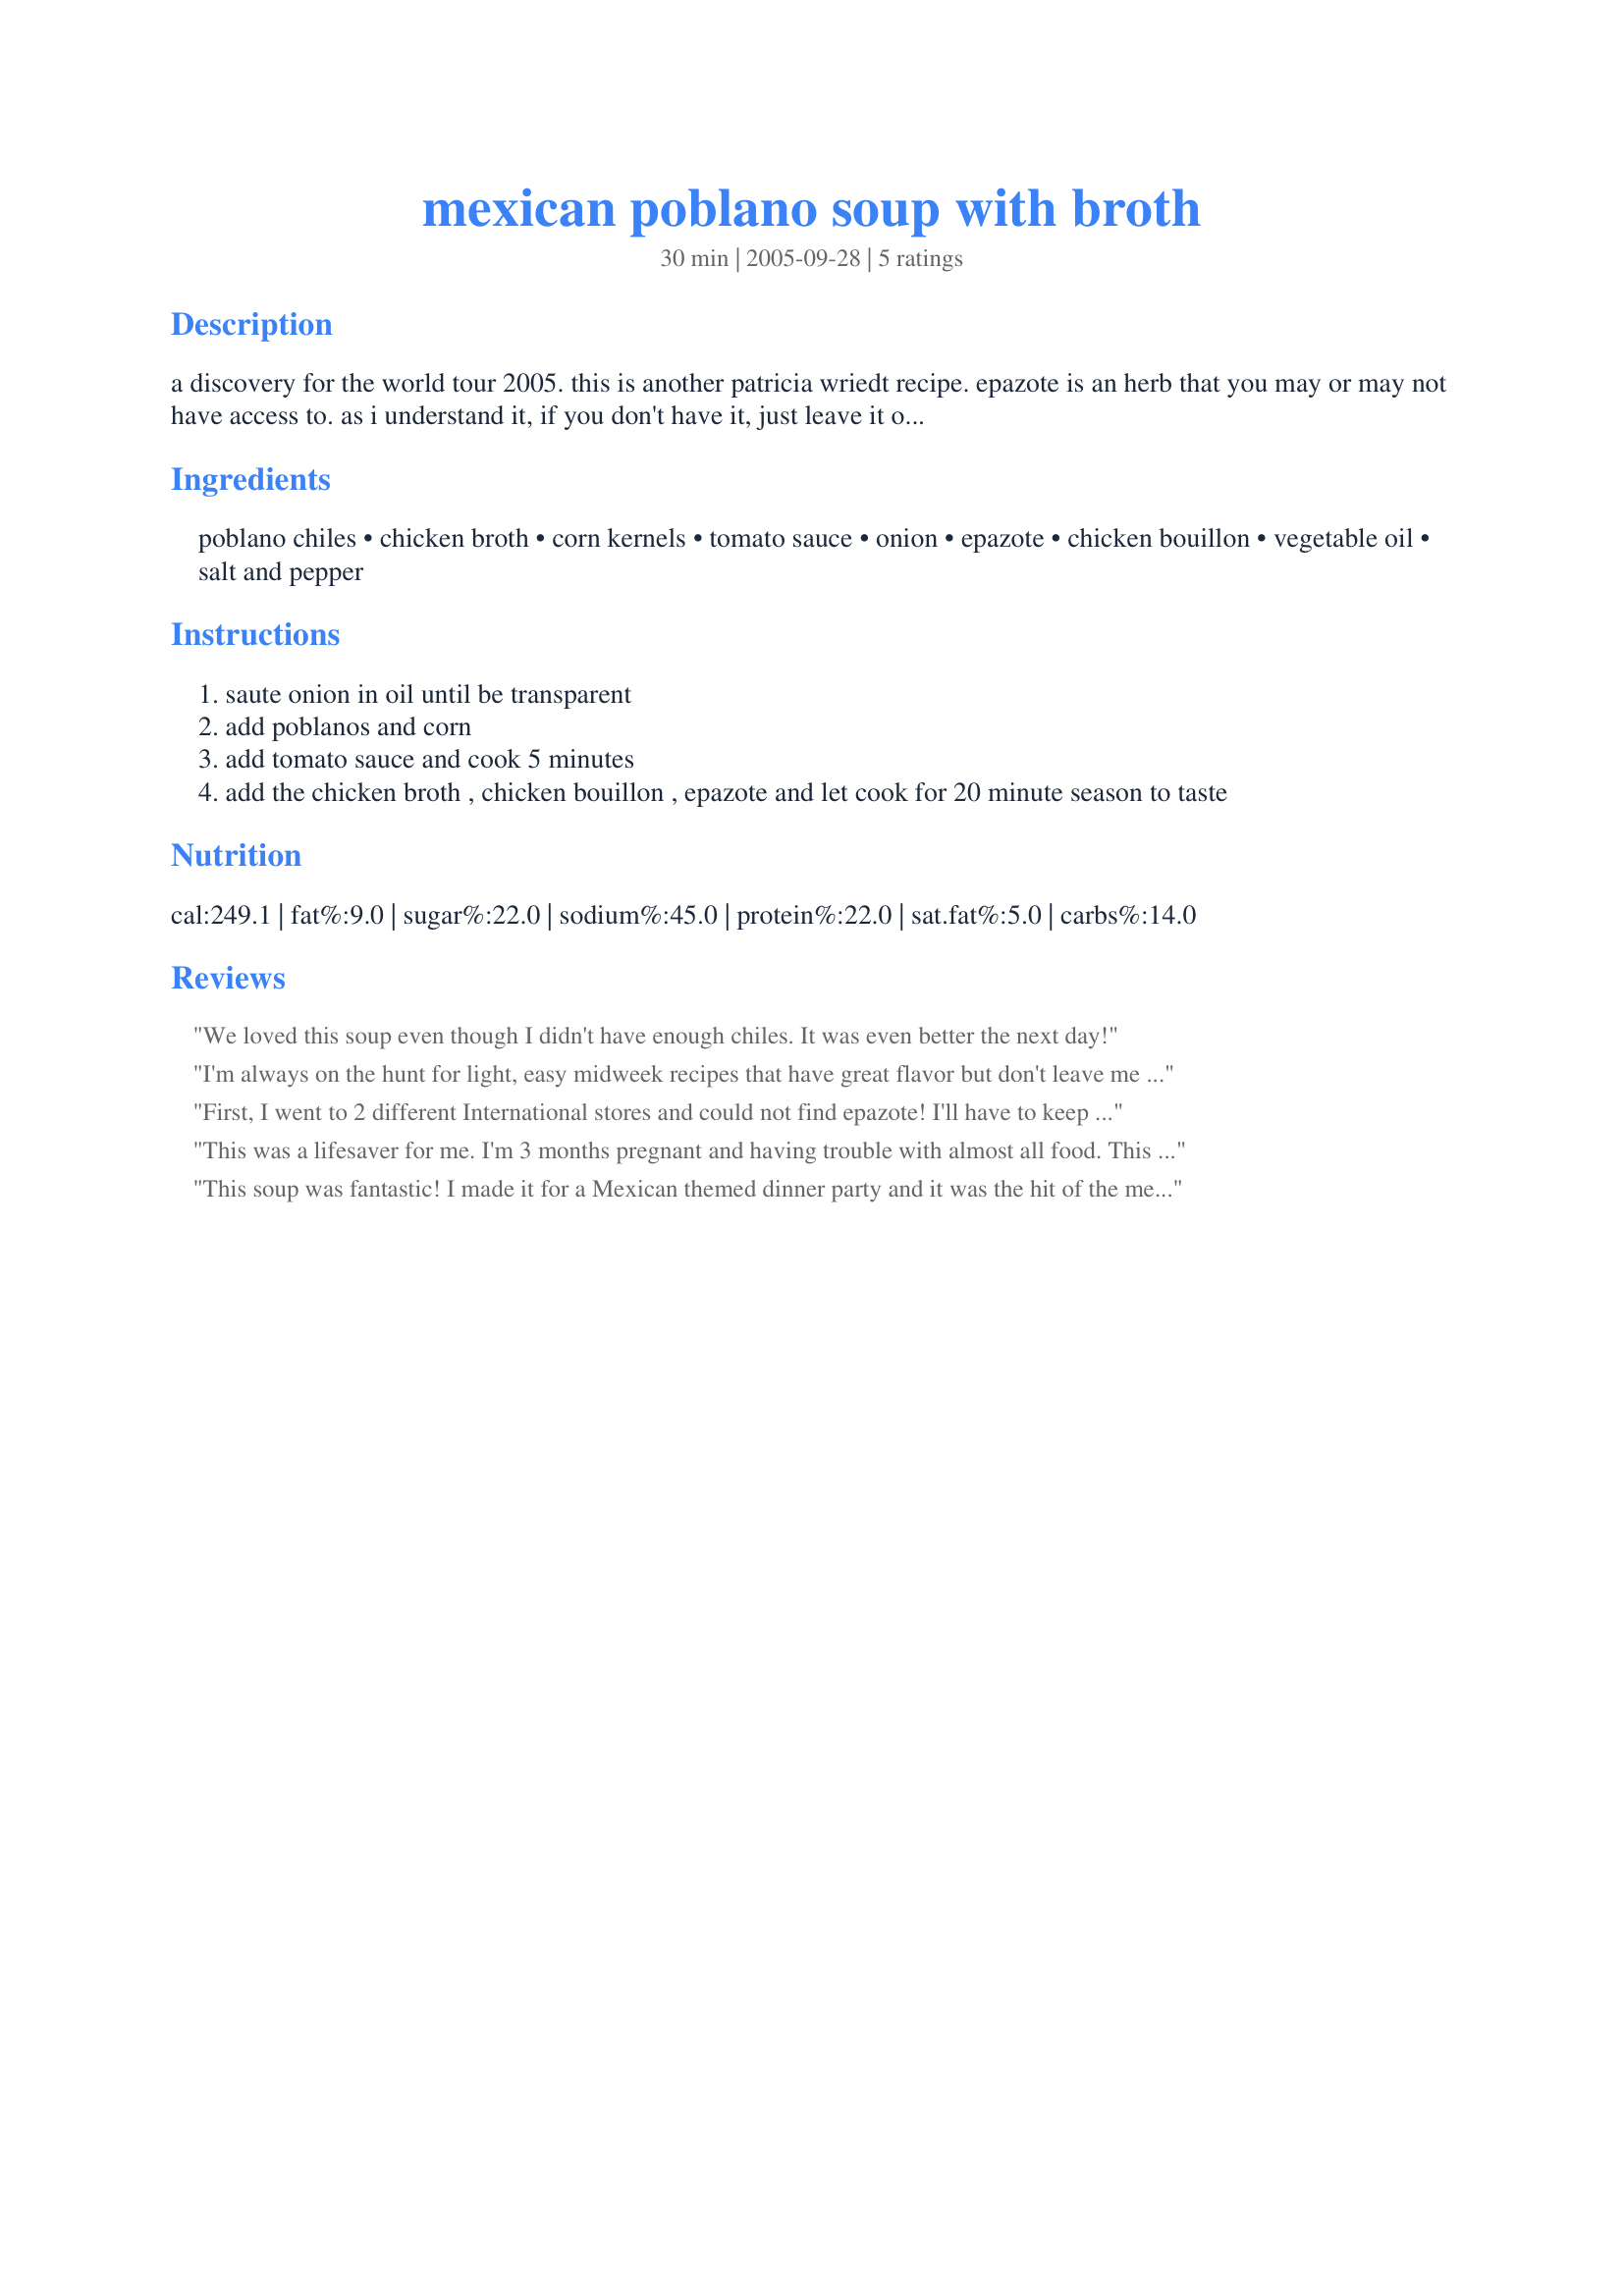
mexican poblano soup with broth
Preparation time: 30 minutes

a discovery for the world tour 2005. this is another patricia wriedt recipe. epazote is an herb that you may or may not have access to. as i understand it, if you don't have it, just leave it out. there's some very interesting reading about epazote if you google it. happy cooking!

Ingredients:
poblano chiles, chicken broth, corn kernels, tomato sauce, onion, epazote, chicken bouillon, vegetable oil, salt and pepper

Steps:
saute onion in oil until be transparent
add poblanos and corn
add tomato sauce and cook 5 minutes
add the chicken broth , chicken bouillon , epazote and let cook for 20 minute season to taste

Reviews:
We loved this soup even though I didn't have enough chiles. It was even better the next day!
I'm always on the hunt for light, easy midweek recipes that have great flavor but don't leave me feeling weighed down. As a chili head who loves corn, I think I found nirvana here. To peel the poblanos, I tossed them onto a high flame and let the skins blister and blacken. Tossed them into a bowl and covered that with a cloth. By the time I gathered the other ingredients, they were ready for a quick scrape and whatever was left on...added a little color and flavor to the soup. :) I used a low sodium boullion so my soup was not too salty so others may want to take that into consideration in the final seasoning. So good, I'm looking forward to making it again. Thanks Elmo!
First, I went to 2 different International stores and could not find epazote! I'll have to keep trying to find this ingredient, just to say I have tried it. Without it, the soup was good. Next time I may add a little more heat. Made for ZWT8, The Wild Bunch.
This was a lifesaver for me. I'm 3 months pregnant and having trouble with almost all food. This was light, filling, and easy to make. Thanks!
This soup was fantastic! I made it for a Mexican themed dinner party and it was the hit of the meal. My girlfriend, who doesn't even like any kind of peppers at all if they're not raw, loved it. I had to do without the epazote because I couldn't find it anywhere, and I omitted the boullion, because it tends to make things too salty for me. I'm definitely making this again, especially since my girlfriend has requested it.
